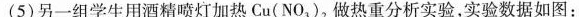
(5)另一组学生用酒精喷灯加热Cu(NO_{3})_{2}做热重分析实验，实验数据如图：